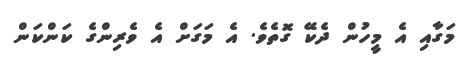
މަގާއި އެ މީހުން ދެކޭ ގޮތެވެ. އެ މަގަށް އެ ވެރިންގެ ކަންކަން